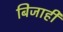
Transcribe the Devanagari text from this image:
बिजाही